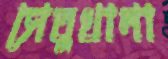
সেতুখানা